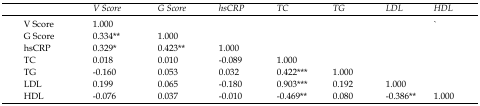
<table><thead><tr><td></td><td><b><i>V Score</i></b></td><td><b><i>G Score</i></b></td><td><b><i>hsCRP</i></b></td><td><b><i>TC</i></b></td><td><b><i>TG</i></b></td><td><b><i>LDL</i></b></td><td><b><i>HDL</i></b></td></tr></thead><tbody><tr><td>V Score</td><td>1.000</td><td></td><td></td><td></td><td></td><td></td><td>`</td></tr><tr><td>G Score</td><td>.334**</td><td>1.000</td><td></td><td></td><td></td><td></td><td></td></tr><tr><td>hsCRP</td><td>.329*</td><td>.423**</td><td>1.000</td><td></td><td></td><td></td><td></td></tr><tr><td>TC</td><td>.018</td><td>.010</td><td>-.089</td><td>1.000</td><td></td><td></td><td></td></tr><tr><td>TG</td><td>-.160</td><td>.053</td><td>.032</td><td>.422***</td><td>1.000</td><td></td><td></td></tr><tr><td>LDL</td><td>.199</td><td>.065</td><td>-.180</td><td>.903***</td><td>.192</td><td>1.000</td><td></td></tr><tr><td>HDL</td><td>-.076</td><td>.037</td><td>-.010</td><td>-.469**</td><td>.080</td><td>-.386**</td><td>1.000</td></tr></tbody></table>